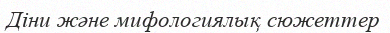
Дiни және мифологиялық сюжеттер